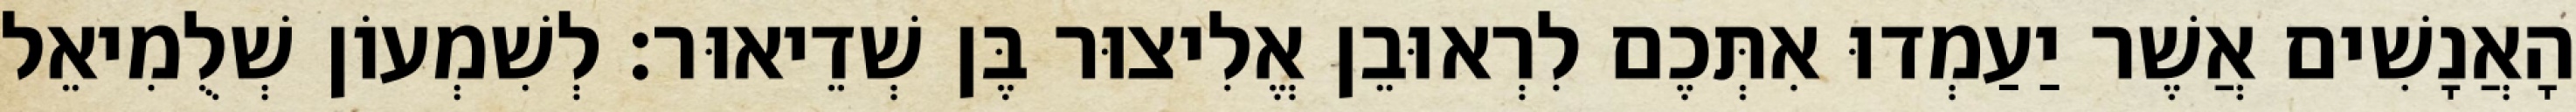
הָאֲנָשִׁים אֲשֶׁר יַעַמְדוּ אִתְּכֶם לִרְאוּבֵן אֱלִיצוּר בֶּן שְׁדֵיאוּר׃ לְשִׁמְעוֹן שְׁלֻמִיאֵל